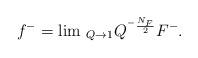
LaTeX: \begin{align*}f^{-}=\lim \, _{Q\rightarrow 1}Q^{^{-}\frac{N_F}2}F^{-}.\end{align*}